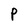
Character: P